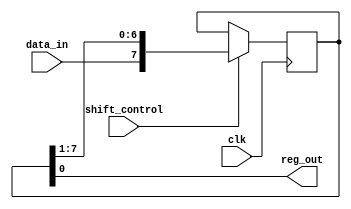
module PISO_shift_register (
    input data_in,
    input clk,
    input shift_control,
    output reg_out
);

reg [7:0] shift_register;

always @(posedge clk) begin
    if (shift_control) begin
        shift_register <= {data_in, shift_register[7:1]};
    end
end

assign reg_out = shift_register[0];

endmodule